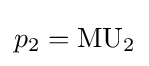
p_{2}={\text{MU}}_{2}